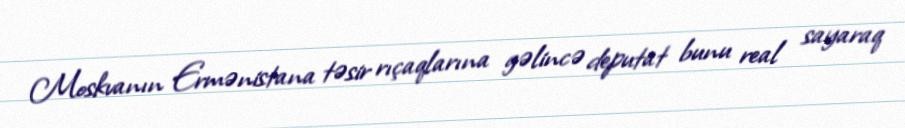
Moskvanın Ermənistana təsir rıçaqlarına gəlincə deputat bunu real sayaraq